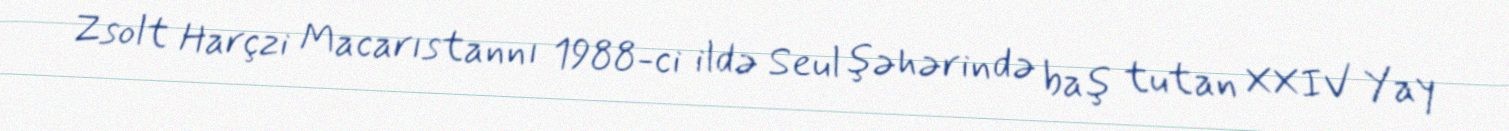
Zsolt Harçzi Macarıstannı 1988-ci ildə Seul şəhərində baş tutan XXIV Yay